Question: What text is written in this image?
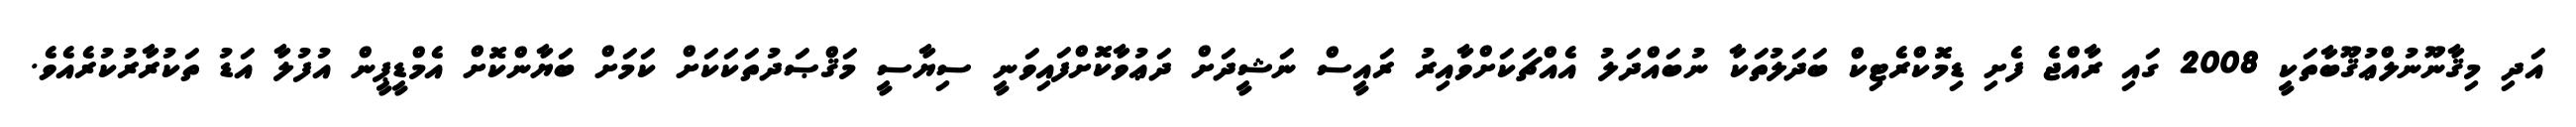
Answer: އަދި މިޤާނޫނުލްޢުޤޫބާތަކީ 2008 ގައި ރާއްޖެ ފެށި ޑިމޮކްރެޓިކް ބަދަލުތަކާ ނުބައްދަލު އެއްޗަކަށްވާއިރު ރައީސް ނަޝީދަށް ދަޢުވާކޮށްފައިވަނީ ސިޔާސީ މަޤްޞަދުތަކަކަށް ކަމަށް ބަޔާންކޮށް އެމްޑީޕީން އުފުލާ އަޑު ތަކުރާރުކުރެއެވެ.